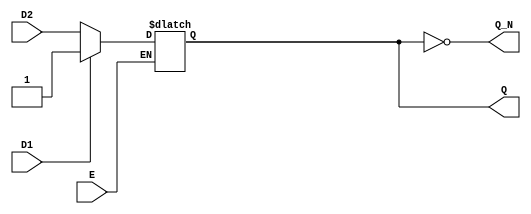
module DualInputGatedLatch (
    input wire D1,      // Data input 1
    input wire D2,      // Data input 2
    input wire E,       // Enable signal
    output reg Q,       // Output state
    output wire Q_N     // Complement of the output
);

    // Complement of Q
    assign Q_N = ~Q;

    // Always block to implement the latch functionality
    always @(*) begin
        if (E) begin
            // Update Q based on a selected input when Enable is high
            // You can use additional logic to select between D1 and D2;
            // Here I'll use a simple selection mechanism:
            if (D1) begin
                Q <= D1;   // If D1 is high, latch D1
            end else begin
                Q <= D2;   // Otherwise, latch D2
            end
        end
        // When E is LOW, Q retains its previous value (latch behavior)
    end

endmodule